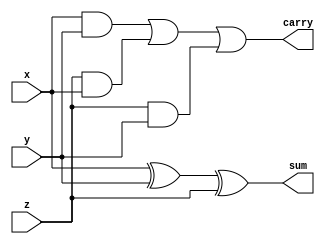
// This program was cloned from: https://github.com/RockingSNP/Verilog
// License: MIT License

//1bitFull Adder Unit for Constructing adder
module full_adder1b(
    input x, y, z,
    output sum, carry);  
    assign sum = x ^ y ^ z;
    assign carry = ((x & y) | (z & x) | (z & y));
endmodule


module adder4b(
    input [3:0] bin1, bin2,
    input cin,
    output [3:0] sum,
    output carry
);  
    
    wire cout1, cout2, cout3;

    full_adder1b adder1(bin1[0], bin2[0]^cin, cin, sum[0], cout1);
    full_adder1b adder2(bin1[1], bin2[1]^cin, cout1, sum[1], cout2);
    full_adder1b adder3(bin1[2], bin2[2]^cin, cout2, sum[2], cout3);
    full_adder1b adder4(bin1[3], bin2[3]^cin, cout3, sum[3], carry);
     
endmodule

module tb_adder4b(
	output reg [3:0] bin1, bin2,
    output reg cin,
	input [3:0]sum,
    input carry
);
	initial begin
		$monitor("%t, When bin1=%b, bin2=%b cin=%b then Result is =%b , Carry =%b",$time,bin1,bin2,cin,sum,carry);
            
		    {bin1,bin2,cin} = 9'b010110100;
		#10 {bin1,bin2,cin} = 9'b001111101;
		#10 {bin1,bin2,cin} = 9'b111100110;
		#10 {bin1,bin2,cin} = 9'b011100011;
		#10 {bin1,bin2,cin} = 9'b000000011;
		#10 {bin1,bin2,cin} = 9'b111100000;
		#10 {bin1,bin2,cin} = 9'b011100011;
		#10 {bin1,bin2,cin} = 9'b011100010;
        #10 $finish;
	end
endmodule

module wb;
    wire [3:0] bin1, bin2, sum ;
    wire cin, carry;
    initial begin
        $dumpfile("4bit_adder_cum_subtractor.vcd");
        $dumpvars(0, wb);
    end
    adder4b dut (bin1,bin2,cin,sum,carry);
    tb_adder4b tb (bin1,bin2,cin,sum,carry);
endmodule